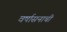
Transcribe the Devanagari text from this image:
वर्षासनाची